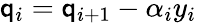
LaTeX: \mathsf{q}_{i}=\mathsf{q}_{i+1}-\alpha_{i}y_{i}